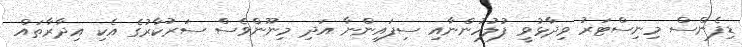
ޑިފެންސް މިނިސްޓަރު ވިދާޅުވީ ފުލުހުންނާއި ސިފައިންނާ އަދި މިނޫންވެސް ސަރުކާރުގެ އެކި އިދާރާތައް